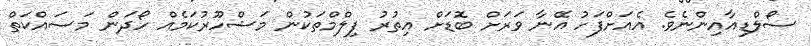
ސޯލްޑިއާއިންނެވެ. އެއަށްފަހު އޭނާ ވަރަށް ބޮަޑަށް އިތުރު ފިލްމްތަކުން މަޝްހޫރުކަމެއް ހޯދަން މަސައްކަތް